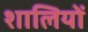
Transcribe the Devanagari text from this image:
शालियों